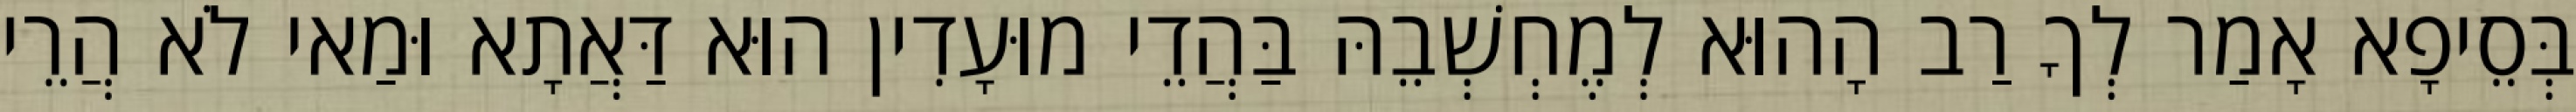
בְּסֵיפָא אָמַר לְךָ רַב הָהוּא לְמֶחְשְׁבֵהּ בַּהֲדֵי מוּעָדִין הוּא דַּאֲתָא וּמַאי לֹא הֲרֵי